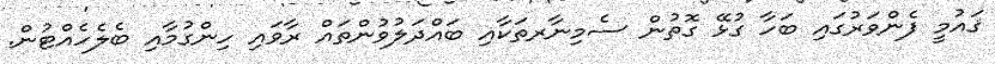
ޤައުމީ ފެންވަރުގައި ބަހާ ގުޅޭ ގޮތުން ސެމިނާރތަކާއި ބައްދަލުވުންތައް ރާވައި ހިންގުމާއި ބެލެހެއްޓުން.